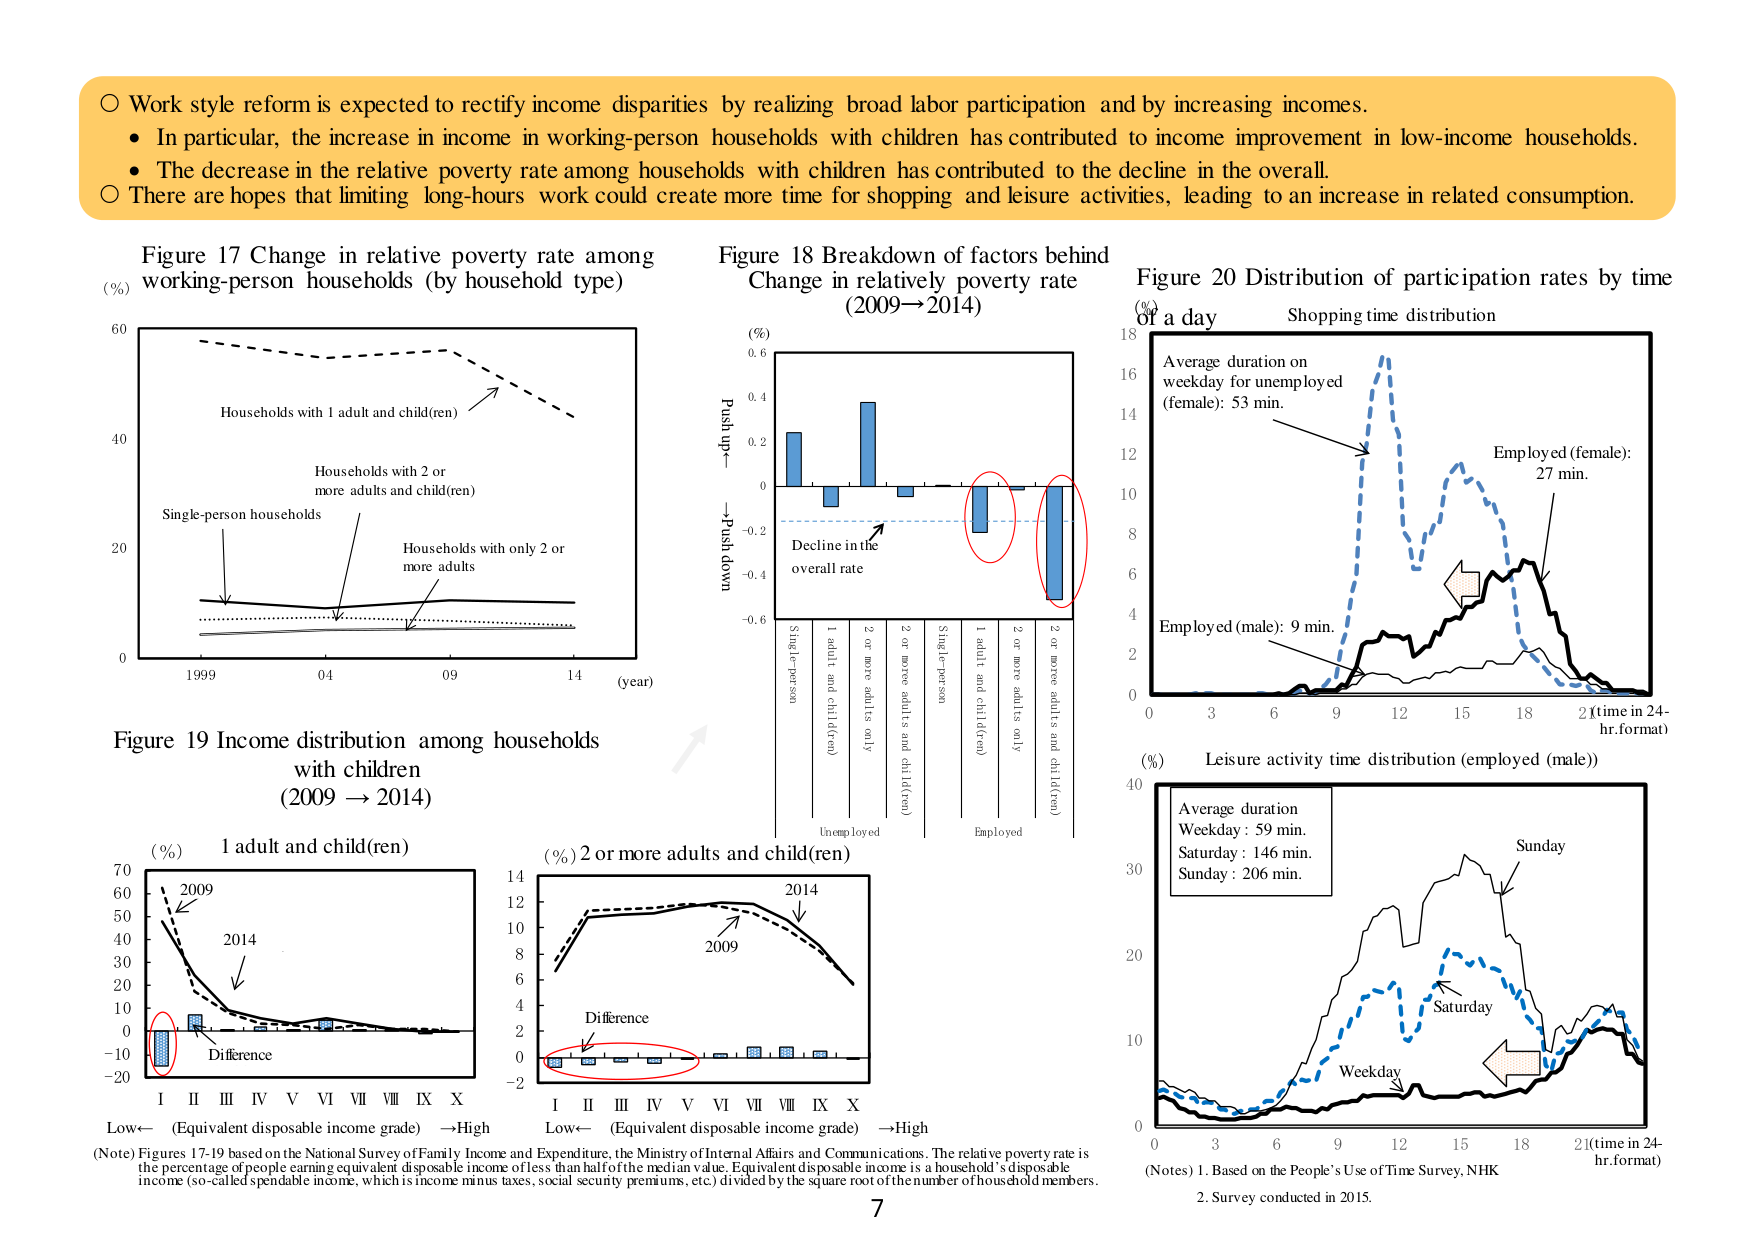
○ Work style reform is expected to rectify income disparities by realizing broad labor participation and by increasing incomes.
• In particular, the increase in income in working-person households with children has contributed to income improvement in low-income households.
• The decrease in the relative poverty rate among households with children has contributed to the decline in the overall.
○ There are hopes that limiting long-hours work could create more time for shopping and leisure activities, leading to an increase in related consumption.

Figure 17 Change in relative poverty rate among working-person households (by household type)
(%)
60
40
20
0
1999 04 09 14 (year)
Households with 1 adult and child(ren)
Households with 2 or more adults and child(ren)
Single-person households
Households with only 2 or more adults

Figure 18 Breakdown of factors behind Change in relatively poverty rate (2009→2014)
(%)
0.6
0.4
0.2
0
-0.2
-0.4
-0.6
Push up
Push down
Decline in the overall rate
Single-person
1 adult and child(ren)
2 or more adults only
2 or more adults and child(ren)
Single-person
1 adult and child(ren)
2 or more adults only
2 or more adults and child(ren)
Unemployed
Employed

Figure 20 Distribution of participation rates by time of a day
Shopping time distribution
(%)
18
16
14
12
10
8
6
4
2
0
Average duration on weekday for unemployed (female): 53 min.
Employed (female): 27 min.
Employed (male): 9 min.
3 6 9 12 15 18 21(time in 24-hr.format)

Leisure activity time distribution (employed (male))
(%)
40
30
20
10
0
Average duration
Weekday : 59 min.
Saturday : 146 min.
Sunday : 206 min.
Sunday
Saturday
Weekday
0 3 6 9 12 15 18 21(time in 24-hr.format)

Figure 19 Income distribution among households with children (2009 → 2014)
(%) 1 adult and child(ren)
70
60
50
40
30
20
10
0
-10
-20
I II III IV V VI VII VIII IX X
Low← (Equivalent disposable income grade) →High
2009
2014
Difference
(%) 2 or more adults and child(ren)
14
12
10
8
6
4
2
0
-2
I II III IV V VI VII VIII IX X
Low← (Equivalent disposable income grade) →High
2014
2009
Difference

(Note) Figures 17-19 based on the National Survey of Family Income and Expenditure, the Ministry of Internal Affairs and Communications. The relative poverty rate is the percentage of people earning equivalent disposable income of less than half of the median value. Equivalent disposable income is a household’s disposable income (so-called spendable income, which is income minus taxes, social security premiums, etc.) divided by the square root of the number of household members.

(Notes) 1. Based on the People’s Use of Time Survey, NHK
2. Survey conducted in 2015.

7